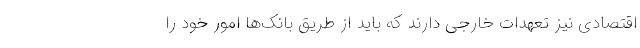
اقتصادی نیز تعهدات خارجی دارند که باید از طریق بانک‌ها امور خود را